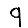
Digit: 9